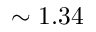
\sim 1 . 3 4